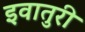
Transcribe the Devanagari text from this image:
इवातुरी